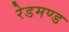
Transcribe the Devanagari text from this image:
रेडमण्ड